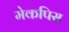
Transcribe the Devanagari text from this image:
मेकपिस